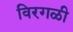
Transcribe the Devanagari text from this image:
विरगळी